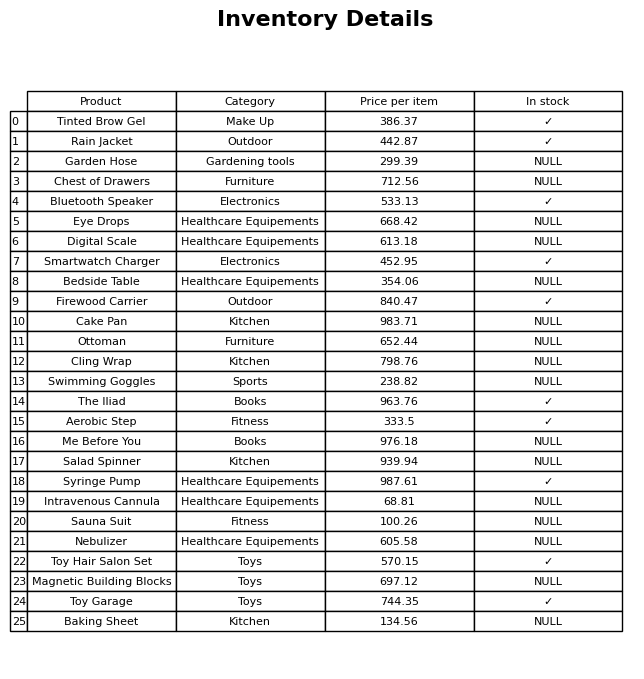
question: What is the stock status of the Digital Scale?
answer: NULL